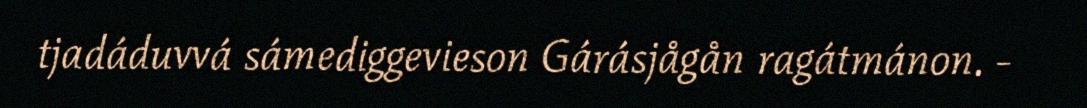
tjadáduvvá sámediggevieson Gárásjågån ragátmánon. -